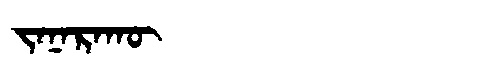
Manchu: ᠵᠠᠨᠠᡵᠠᡴᡡ
Romanization: JANARAKŪ